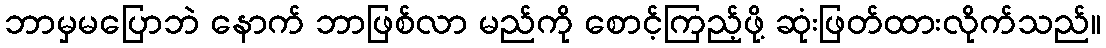
ဘာမှမပြောဘဲ နောက် ဘာဖြစ်လာ မည်ကို စောင့်ကြည့်ဖို့ ဆုံးဖြတ်ထားလိုက်သည်။